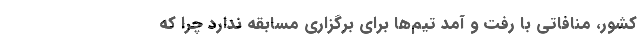
کشور، منافاتی با رفت و آمد تیم‌ها برای برگزاری مسابقه ندارد چرا که